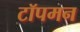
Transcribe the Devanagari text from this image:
टॉपमन